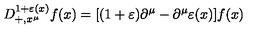
D _ { + , x ^ { \mu } } ^ { 1 + \varepsilon ( x ) } f ( x ) = [ ( 1 + \varepsilon ) \partial ^ { \mu } - \partial ^ { \mu } \varepsilon ( x ) ] f ( x )